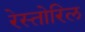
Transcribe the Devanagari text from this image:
रेस्तोरिल